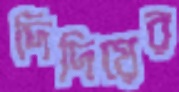
দিদিয়ের